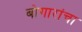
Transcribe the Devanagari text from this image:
बोगारांचा